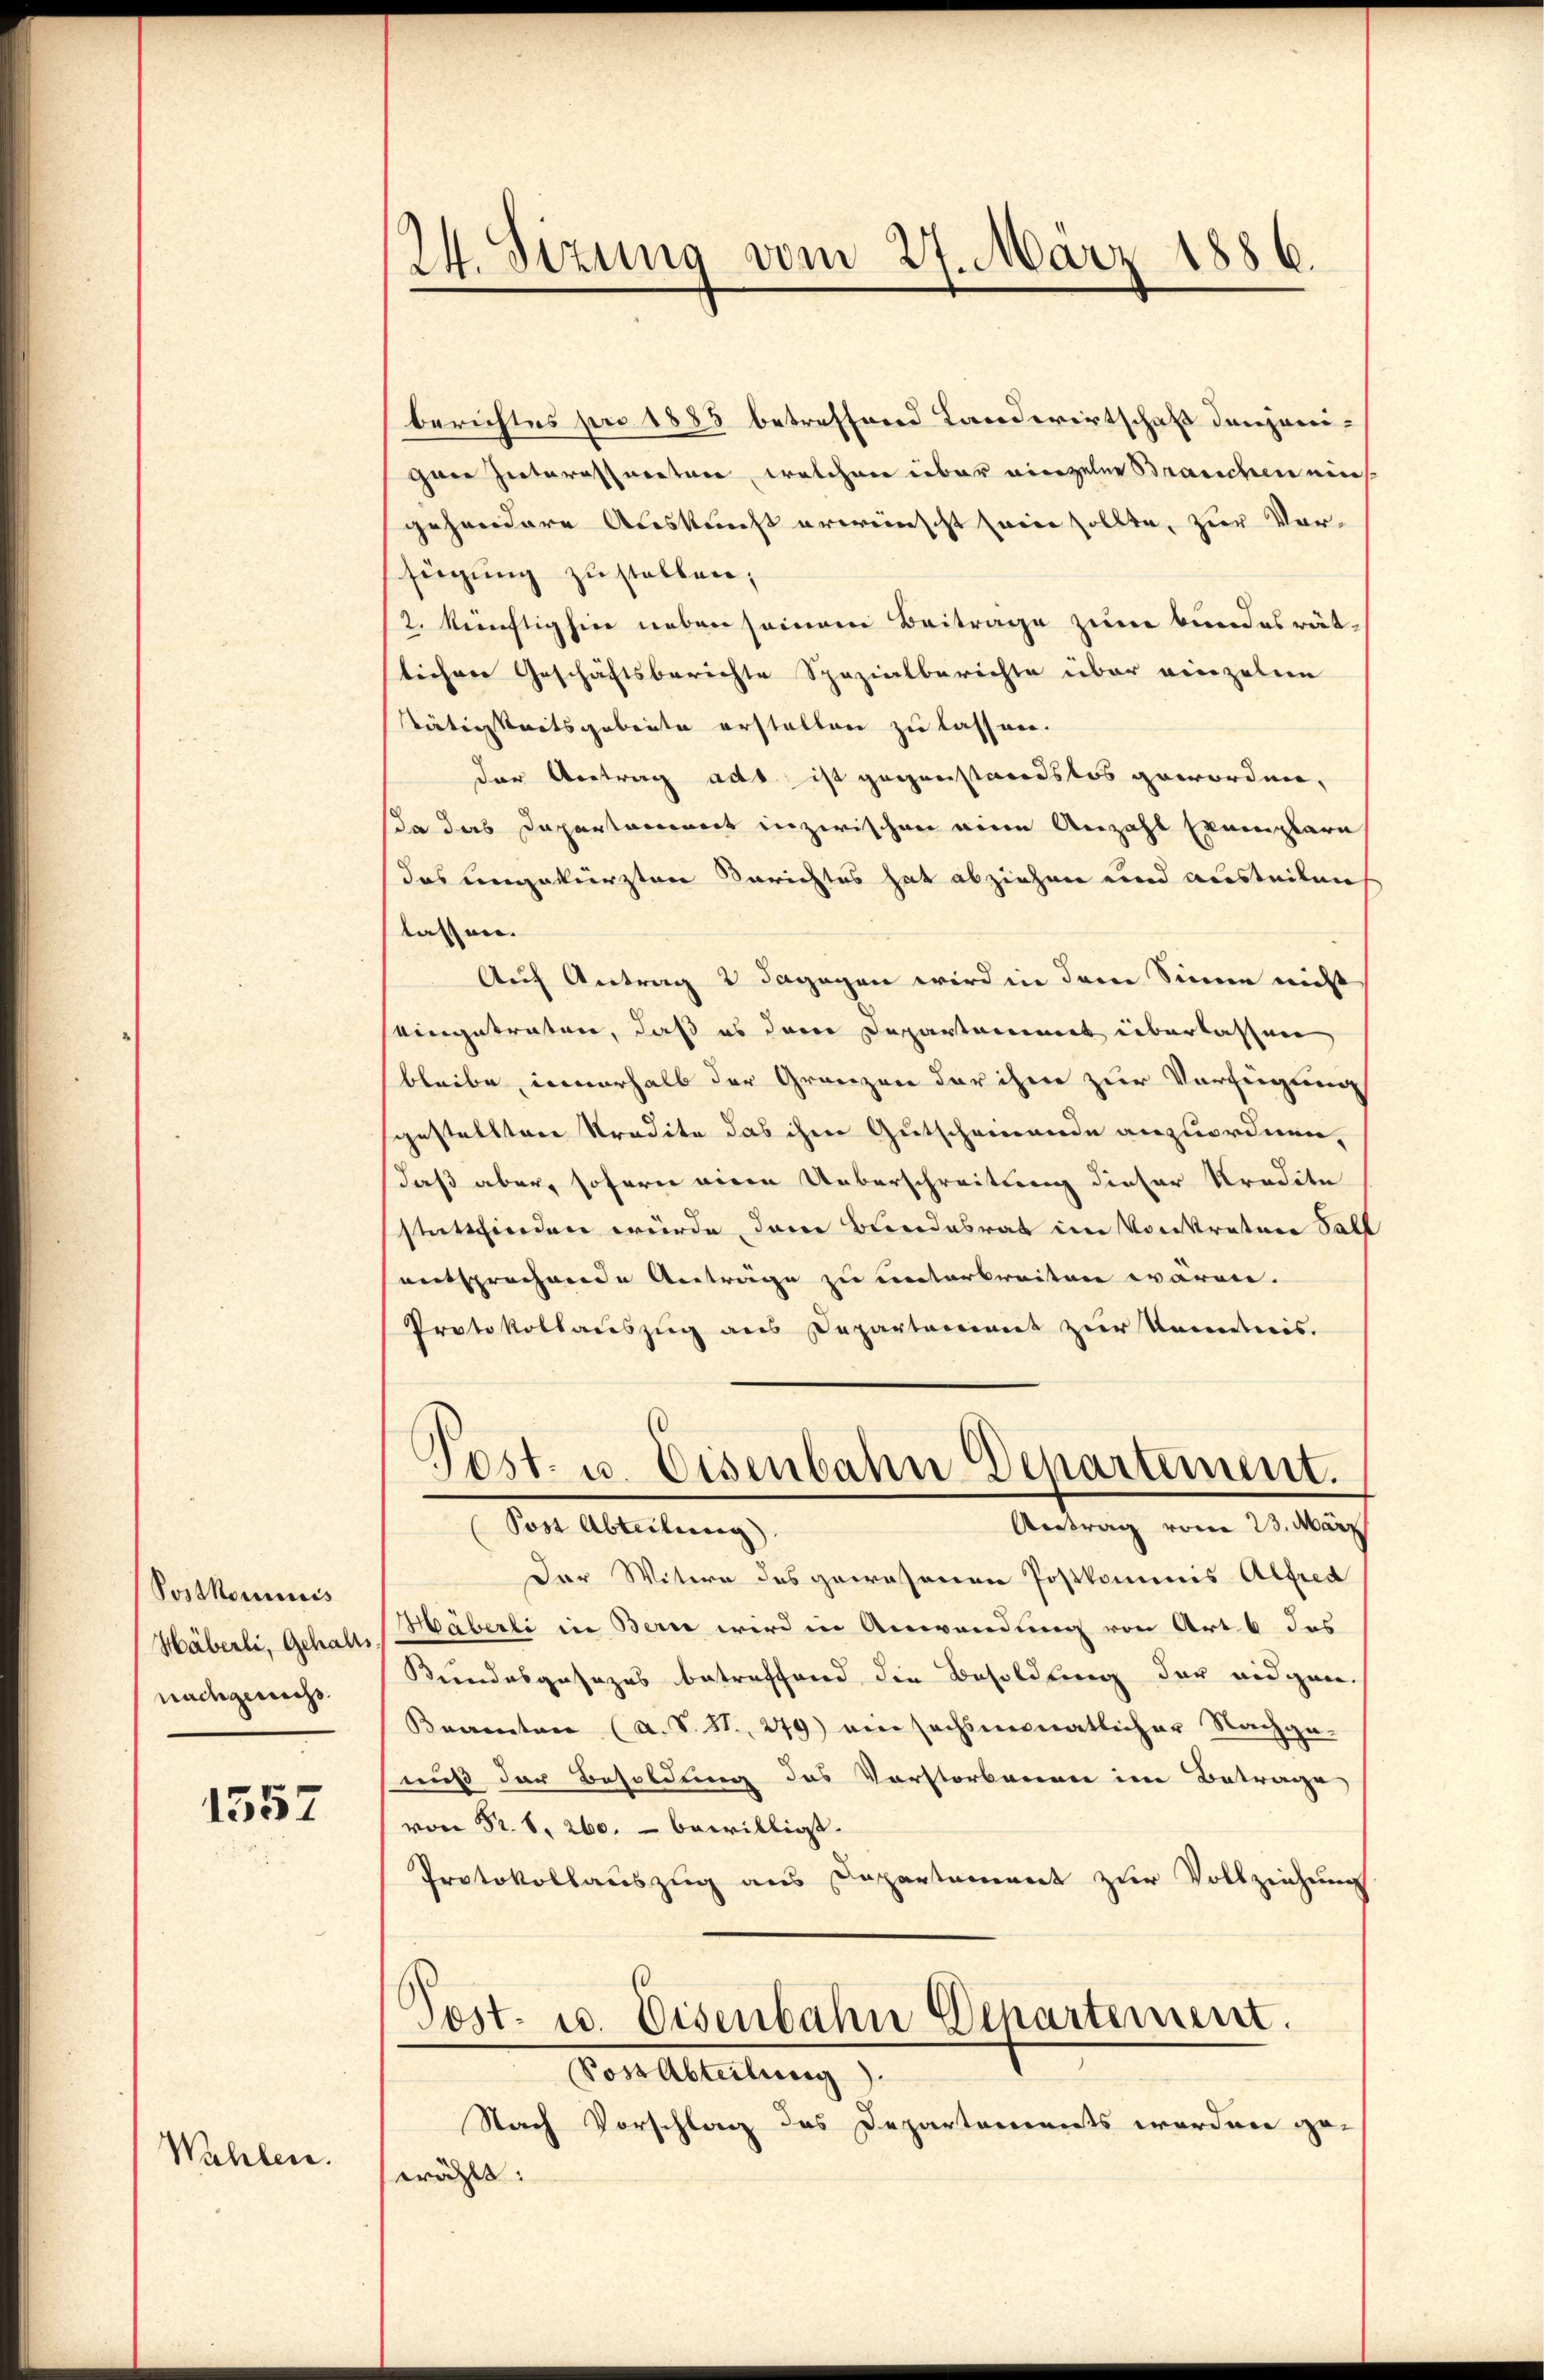
Postkommnis
Häberli, Gehalts
nachgewichs.

1557

Wahlen.

24. Sizung vom 27. März 1886.

berichtes pro 1885 betreffend Landerirtschaft denjenigane Interessereten, welchen über vierzelne Branchen eins.
gehandere Auskunft erweinscht seine sollte, zur Ver-
fügung zustellen;
2. künftighin neben seinem Beitrage zum Bundesrätteiherr Geschäftsberichte Spazialberichte über vierzuber
stätigkeitsgebeute erstellen zu lassen.
der Antrag ado ist gegenstandslos gewordne,
da das Departament inzwischen eine Anzahl Exemplare
das ungekürzten Berichtes hat abziehen und austeilen
lassen.
Auf Antrag 2 dagegen wird in dem Sinne nicht
eingetraten, daß es dann Departammet überlassen
bleibe, innerhalb der Grenzen der ihm zur Verfügung
sgestellten Stradite das ihm Gutscheinende anzuordnen,
daß aber, sofern einen Ueberschreitung dieser Kredite
stattfinden würde dann Bundesrat im Vorstrature Sall
entsprechende Anträge zu unterbreiten wären.
Protokollauszug aus Departement zur Kenntnis.
Post. u. Eisenbahn Departement.
Antrag vom 23. März
Post Abteilung).
Der Witwe des gewesenen Postkommis Alfred
Häberli in Bern wird in Anwendung von Art. 6 das
Keindesgesezes betreffend die Besoldung der eidgen.
Brannten (a. S. S. 279) ein sechsmonatlicher Nachgenuß der Besoldung des Vorstorbenen im Betrage
von Sr. S. 260. - bewilligt.
Protokollauszug aus Departement zur Vollziehung
Post- u. Eisenbahn Echartement.
Voss Abteilung).
Nach Vorschlag des Departements wordnen ge-
wählt: